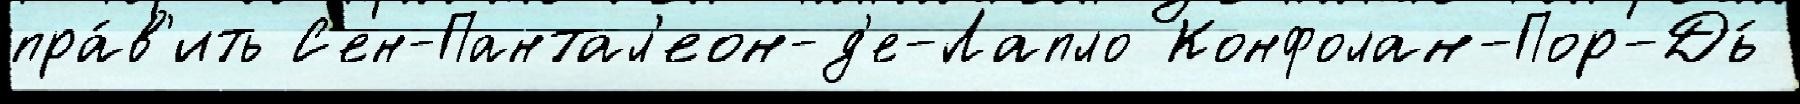
пра́в'ить С'ен-Пантал'еон-д'е-Лапло Конфолан-Пор-Дь́